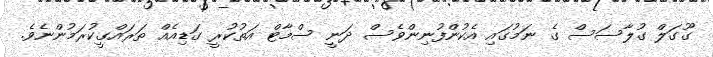
ގޫގަލް ގުލާސަސް ގެ ނަމުގައި އެކުންފުނިންވެސް ދަނީ ސްމާޓް އަތުކުރީ ގަޑިއެއް ތަރައްގީކުރަމުންނެވެ.